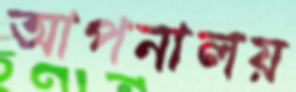
আপনালয়